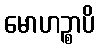
မောဟဉ္စာပိ